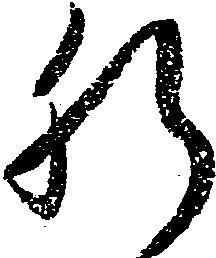
肝